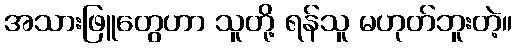
အသားဖြူတွေဟာ သူတို့ ရန်သူ မဟုတ်ဘူးတဲ့။